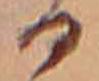
る